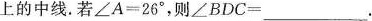
上的中线。若$$\angle A=26^ { \circ }$$，则$$\angle BDC=___$$.